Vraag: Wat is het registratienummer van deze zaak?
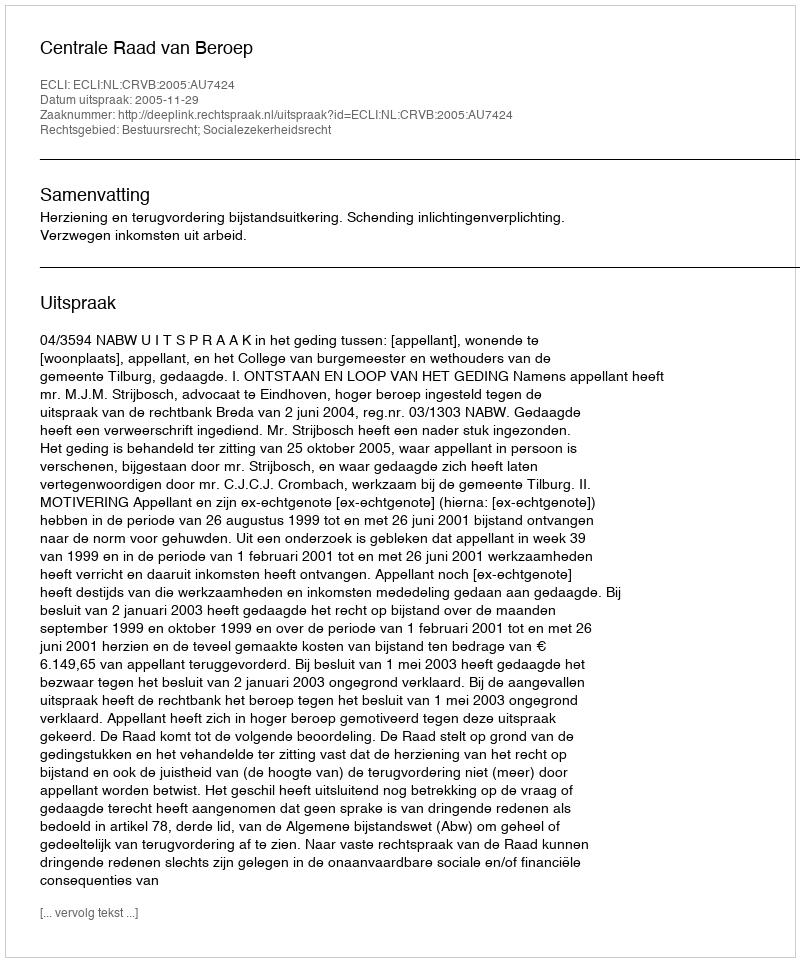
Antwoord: http://deeplink.rechtspraak.nl/uitspraak?id=ECLI:NL:CRVB:2005:AU7424